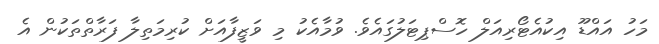
މަހު އައްޑޫ އިކުއެޓޯރިއަލް ހޮސްޕިޓަލުގައެވެ. ވުމާއެކު މި ވަޒީފާއަށް ކުރިމަތިލާ ފަރާތްތަކުން އެ